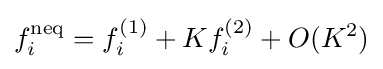
f_{i}^{\text{neq}}=f_{i}^{(1)}+Kf_{i}^{(2)}+O(K^{2})